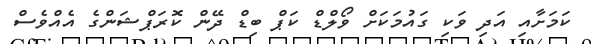
ކަމަށާއި އަދި ވަކި ގައުމަކަށް ވޯލްޑް ކަޕް ބިޑް ދޭން ކޮރަޕްޝަންގެ އެއްވެސް